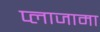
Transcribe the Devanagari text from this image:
प्लाजामा